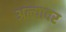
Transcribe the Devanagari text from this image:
अल्यावर